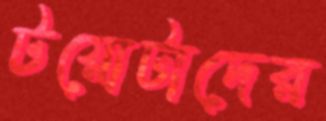
টয়োটাদের